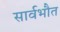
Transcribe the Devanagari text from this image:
सार्वभौत